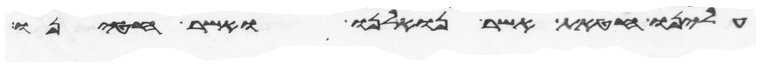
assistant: עלינו חטאת אשר נואלנו ואשר חטאנו